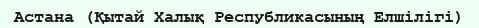
Астана (Қытай Халық Республикасының Елшілігі)